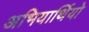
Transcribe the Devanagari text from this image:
अभियार्थियो